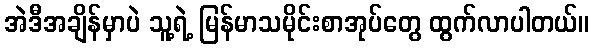
အဲဒီအချိန်မှာပဲ သူ့ရဲ့ မြန်မာသမိုင်းစာအုပ်တွေ ထွက်လာပါတယ်။